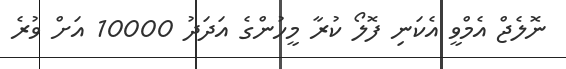
ނޮލެޖް އެމްވީ އެކަނި ފޮލޯ ކުރާ މީހުންގެ އަދަދު 10000 އަށް ވުރެ